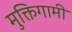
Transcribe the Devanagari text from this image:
मुक्तिगामी